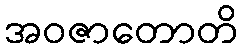
အဝဇာတောတိ